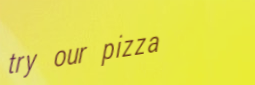
try our pizza